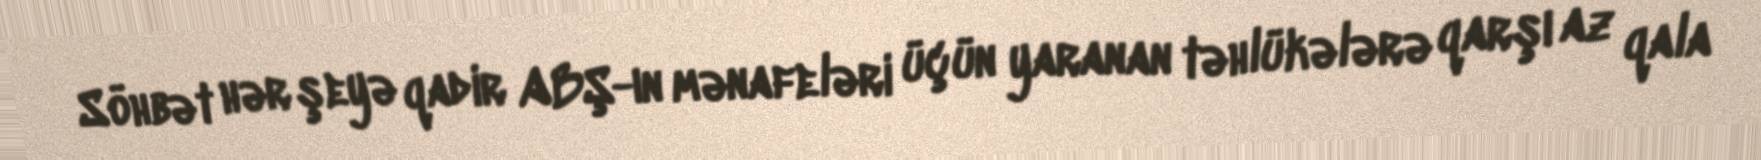
Söhbət hər şeyə qadir ABŞ-ın mənafeləri üçün yaranan təhlükələrə qarşı az qala